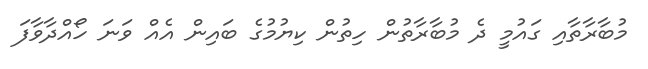
މުބާރާތާއި ގައުމީ ދެ މުބާރާތުން ހިތުން ކިޔުމުގެ ބައިން އެއް ވަނަ ހޯއްދާވާފަ